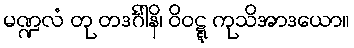
မဏ္ဍလံ တု တဒင်္ဂါနိ၊ ဝိဝဋ္ဋ ကုသိအာဒယော။